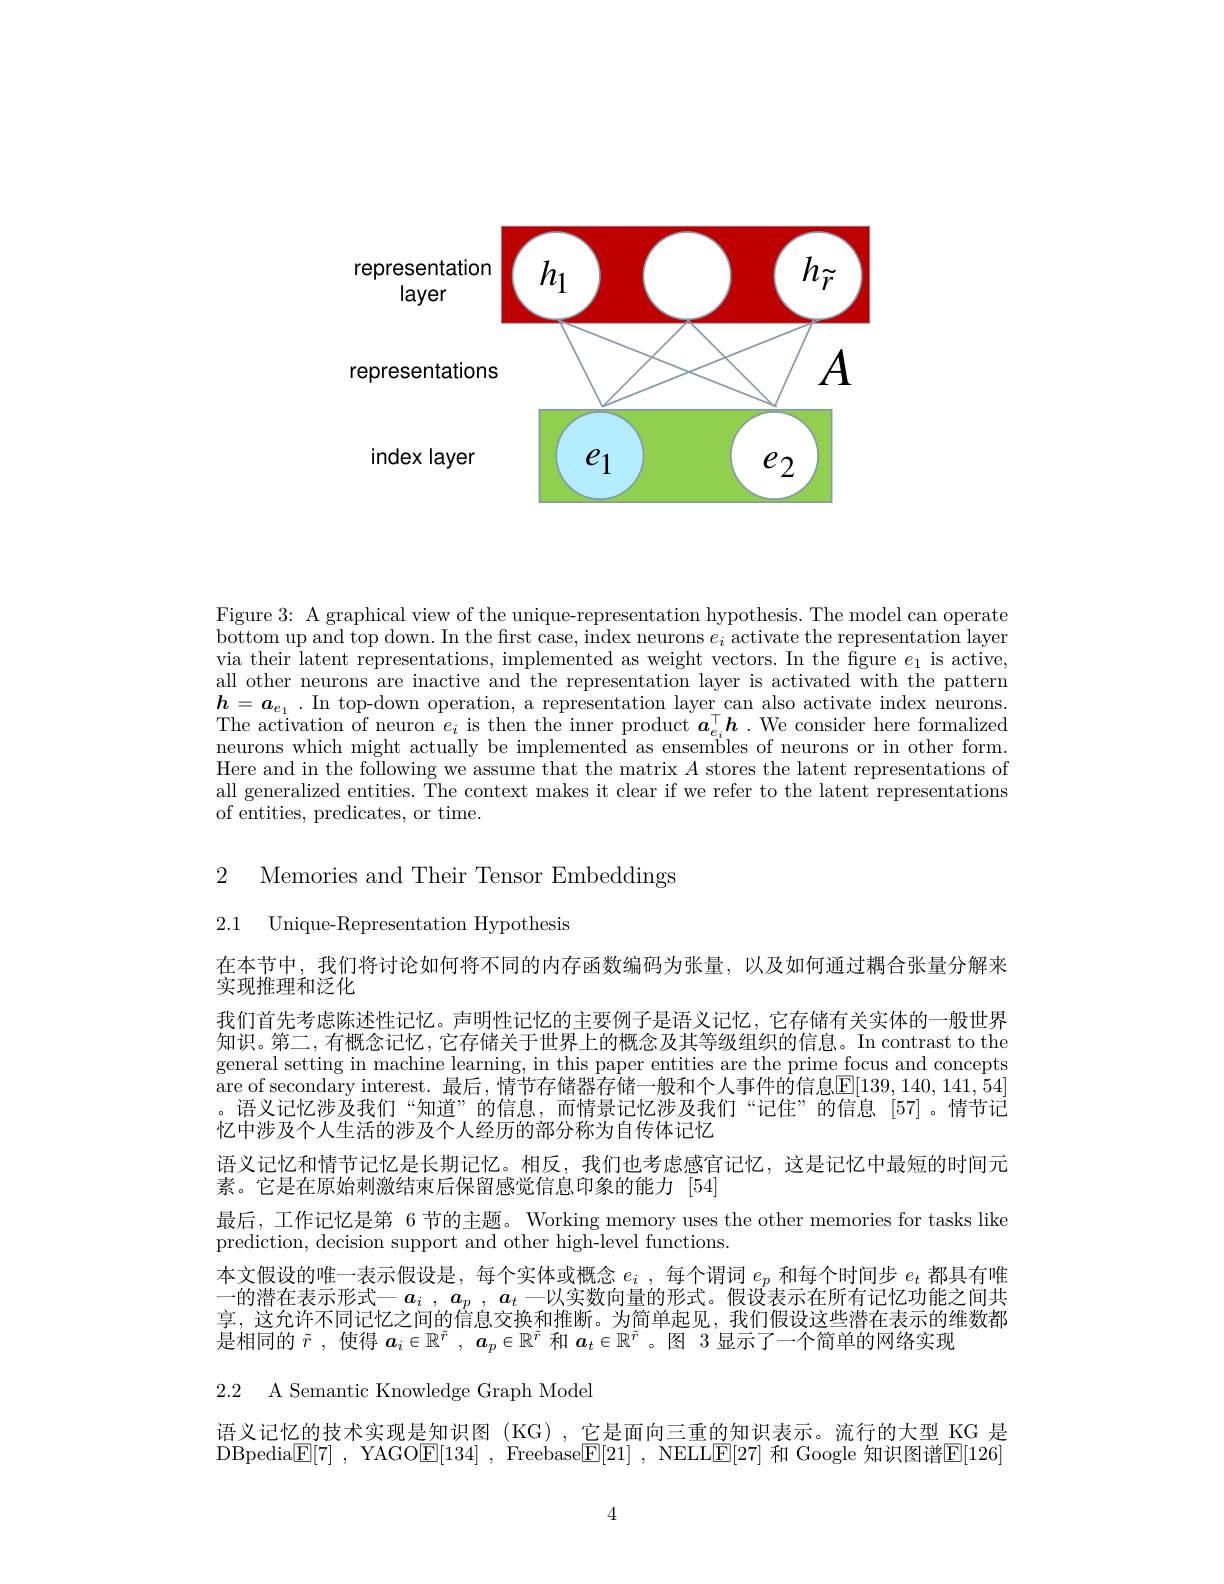
<FigureHere>

Figure 3: A graphical view of the unique-representation hypothesis. The model can operate bottom up and top down. In the first case, index neurons $e_i$ activate the representation layer via their latent representations, implemented as weight vectors. In the figure $e_1$ is active, all other neurons are inactive and the representation layer is activated with the pattern $h=\boldsymbol{a}_{e_1}$.In top-down operation, a representation layer can also activate index neurons. The activation of neuron $e_i$ is then the inner product $\boldsymbol a_{e_i}^\top\boldsymbol{h}.$ We consider here formalized neurons which might actually be implemented as ensembles of neurons or in other form. Here and in the following we assume that the matrix $A$ stores the latent representations of all generalized entities. The context makes it clear if we refer to the latent representations of entities, predicates, or time.

2 Memories and Their Tensor Embeddings

2.1 Unique-Representation Hypothesis

在本节中，我们将讨论如何将不同的内存函数编码为张量，以及如何通过耦合张量分解来
实现推理和泛化
我们首先考虑陈述性记忆。声明性记忆的主要例子是语义记忆，它存储有关实体的一般世界知识。第二，有概念记忆，它存储关于世界上的概念及其等级组织的信息。In contrast to the general setting in machine learning, in this paper entities are the prime focus and concepts $\bar{\text{are of secondary interest. 最后，情节存储器存储一般和个人事件的信息}\mathbb{E}[139,140,141,\bar{5}4]}$ 。语义记忆涉及我们“知道”的信息，而情景记忆涉及我们“记住”的信息[57]。情节记忆中涉及个人生活的涉及个人经历的部分称为自传体记忆
语义记忆和情节记忆是长期记忆。相反，我们也考虑感官记忆，这是记忆中最短的时间元
素。它是在原始刺激结束后保留感觉信息印象的能力[54]
最后，工作记忆是第 6 节的主题。Working memory uses the other memories for tasks like
prediction, decision support and other high-level functions.
本文假设的唯一表示假设是，每个实体或概念$e_i$ , 每个谓词$e_p$和每个时间步$e_t$都具有唯一的潜在表示形式$- a_i$ , $a_p$ , $a_t$一以实数向量的形式。假设表示在所有记忆功能之间共享，这允许不同记忆之间的信息交换和推断。为简单起见，我们假设这些潜在表示的维数都是相同的$\tilde{r}$ ,使得$a_i\in\mathbb{R}^{\tilde{r}},\boldsymbol{a}_p\in\mathbb{R}^{\tilde{r}}$和$a_t\in\mathbb{R}^{\tilde{r}}$ 。图 3 显示了一个简单的网络实现

2.2 A Semantic Knowledge Graph Model

语义记忆的技术实现是知识图(KG),它是面向三重的知识表

DBpedia$\boxed{\mathbb{E}[7]}$,YAGO$\boxed{\mathbb{E}[134]}$,Freebase$\boxed{\mathbb{E}[21]}$,NELLE[27] 和 Google 知识图谱$\boxed{\mathbb{E}[126]}$

4